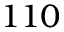
1 1 0